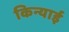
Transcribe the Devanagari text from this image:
किन्याई